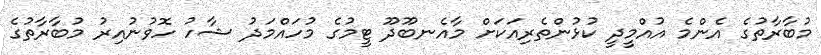
މުބާރާތުގެ އެންމެ އުއްމީދީ ކުޅުންތެރިއަކަށް މާއެނބޫދޫ ޓީމުގެ މުހައްމަދު ޝާހު ހޮވުނުއިރު މުބާރާތުގެ